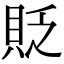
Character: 貶